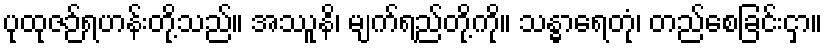
ပုထုဇဉ်ရဟန်းတို့သည်။ အဿူနိ၊ မျက်ရည်တို့ကို။ သန္ဓာရေတုံ၊ တည်စေခြင်းငှာ။